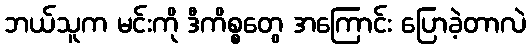
ဘယ်သူက မင်းကို ဒီကိစ္စတွေ အကြောင်း ပြောခဲ့တာလဲ